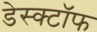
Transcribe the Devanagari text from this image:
डेस्क्टॉफ